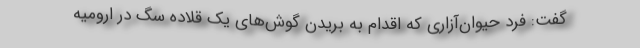
گفت: فرد حیوان‌آزاری که اقدام به بریدن گوش‌های یک قلاده سگ در ارومیه